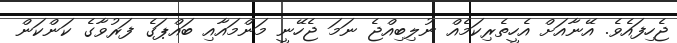
ޖެހިފައެވެ. އޭނާއަށް އެހީތެރިކަމެއް ނުލިބިއްޖެ ނަމަ ޖެހޭނީ މަންމައާއި ބައްޕަގެ ފަރުވާގެ ކަންކަން